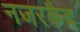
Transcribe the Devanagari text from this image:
नजरकैद